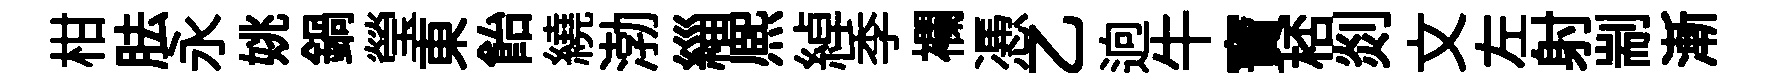
柑胠永姚鍋瑩東飴繞渤緇熈綽季襴慿乙逈牛寶桮剡文左射剬漸